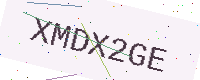
Text: XMDX2GE